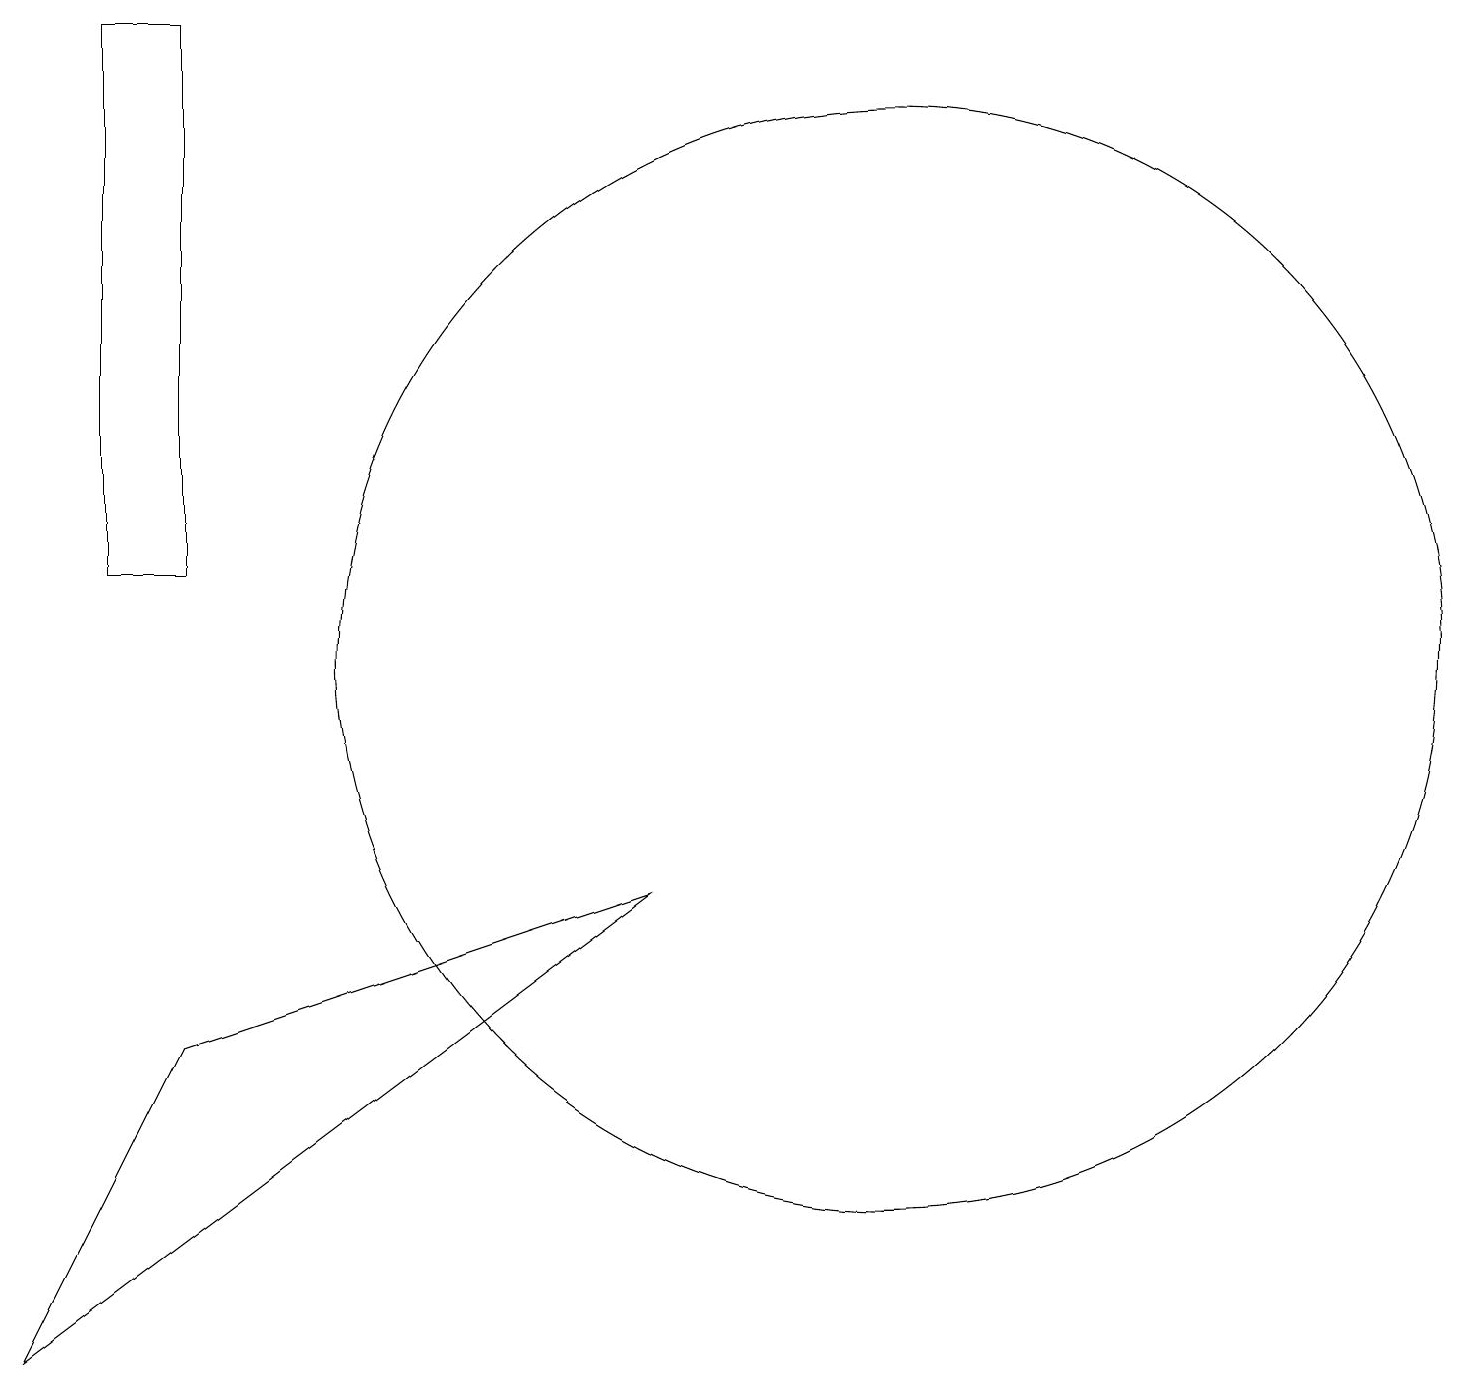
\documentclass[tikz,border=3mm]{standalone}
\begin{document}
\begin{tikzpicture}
\draw (11,11) circle (7);
\draw (8,8) -- (0,2) -- (2,6) -- cycle;
\draw (2,19) rectangle (1,12);
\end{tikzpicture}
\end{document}